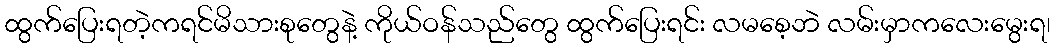
ထွက်ပြေးရတဲ့ကရင်မိသားစုတွေနဲ့ ကိုယ်ဝန်သည်တွေ ထွက်ပြေးရင်း လမစေ့ဘဲ လမ်းမှာကလေးမွေးရ၊